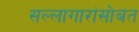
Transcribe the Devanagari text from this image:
सल्लागारांसोबत